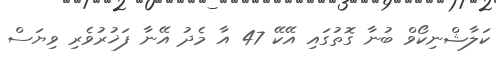
ކަލާޝްނިކޯވް ބުނާ ގޮތުގައި އޭކޭ 47 އާ މެދު އޭނާ ފަޚުރުވެރި ވިޔަސް